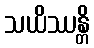
သယိဿန္တိ